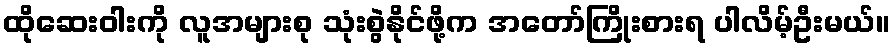
ထိုဆေးဝါးကို လူအများစု သုံးစွဲနိုင်ဖို့က အတော်ကြိုးစားရ ပါလိမ့်ဦးမယ်။